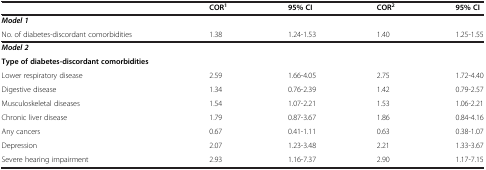
<table><thead><tr><td><b> </b></td><td><b>COR<sup>1</sup></b></td><td><b>95% CI</b></td><td><b>COR<sup>2</sup></b></td><td><b>95% CI</b></td></tr></thead><tbody><tr><td><b><i>Model 1</i></b></td><td> </td><td> </td><td> </td><td> </td></tr><tr><td>No. of diabetes-discordant comorbidities</td><td>1.38</td><td>1.24-1.53</td><td>1.40</td><td>1.25-1.55</td></tr><tr><td><b><i>Model 2</i></b></td><td> </td><td> </td><td> </td><td> </td></tr><tr><td><b>Type of diabetes-discordant comorbidities</b></td><td> </td><td> </td><td> </td><td> </td></tr><tr><td>Lower respiratory disease</td><td>2.59</td><td>1.66-4.05</td><td>2.75</td><td>1.72-4.40</td></tr><tr><td>Digestive disease</td><td>1.34</td><td>0.76-2.39</td><td>1.42</td><td>0.79-2.57</td></tr><tr><td>Musculoskeletal diseases</td><td>1.54</td><td>1.07-2.21</td><td>1.53</td><td>1.06-2.21</td></tr><tr><td>Chronic liver disease</td><td>1.79</td><td>0.87-3.67</td><td>1.86</td><td>0.84-4.16</td></tr><tr><td>Any cancers</td><td>0.67</td><td>0.41-1.11</td><td>0.63</td><td>0.38-1.07</td></tr><tr><td>Depression</td><td>2.07</td><td>1.23-3.48</td><td>2.21</td><td>1.33-3.67</td></tr><tr><td>Severe hearing impairment</td><td>2.93</td><td>1.16-7.37</td><td>2.90</td><td>1.17-7.15</td></tr></tbody></table>